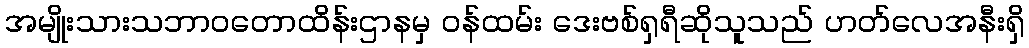
အမျိုးသားသဘာဝတောထိန်းဌာနမှ ဝန်ထမ်း ဒေးဗစ်ရှရီဆိုသူသည် ဟတ်လေအနီးရှိ